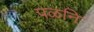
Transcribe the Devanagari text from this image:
पळनि